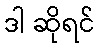
ဒါ ဆိုရင်